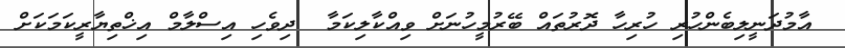
އާމުދަނީލިބެންހުރި ހުރިހާ ދޮރުތައް ބޭރުމީހުނަށް ވިއްކާލިކަމާ  ދިވެހި އިސްލާމް އިޚްތިޔާރީކަމަކަށް